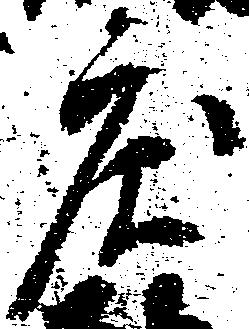
庄